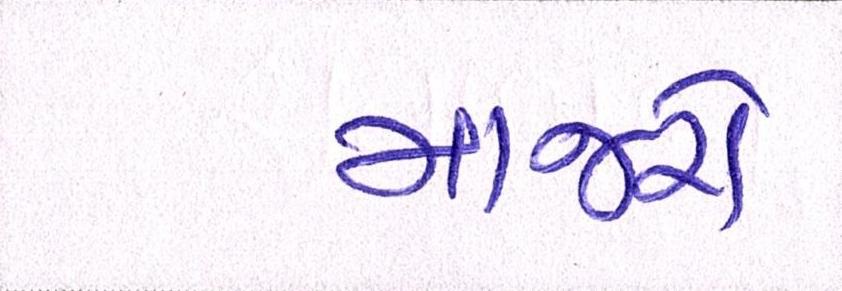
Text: માજરો